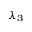
\lambda _ { 3 }